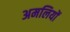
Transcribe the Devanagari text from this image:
अमलियों